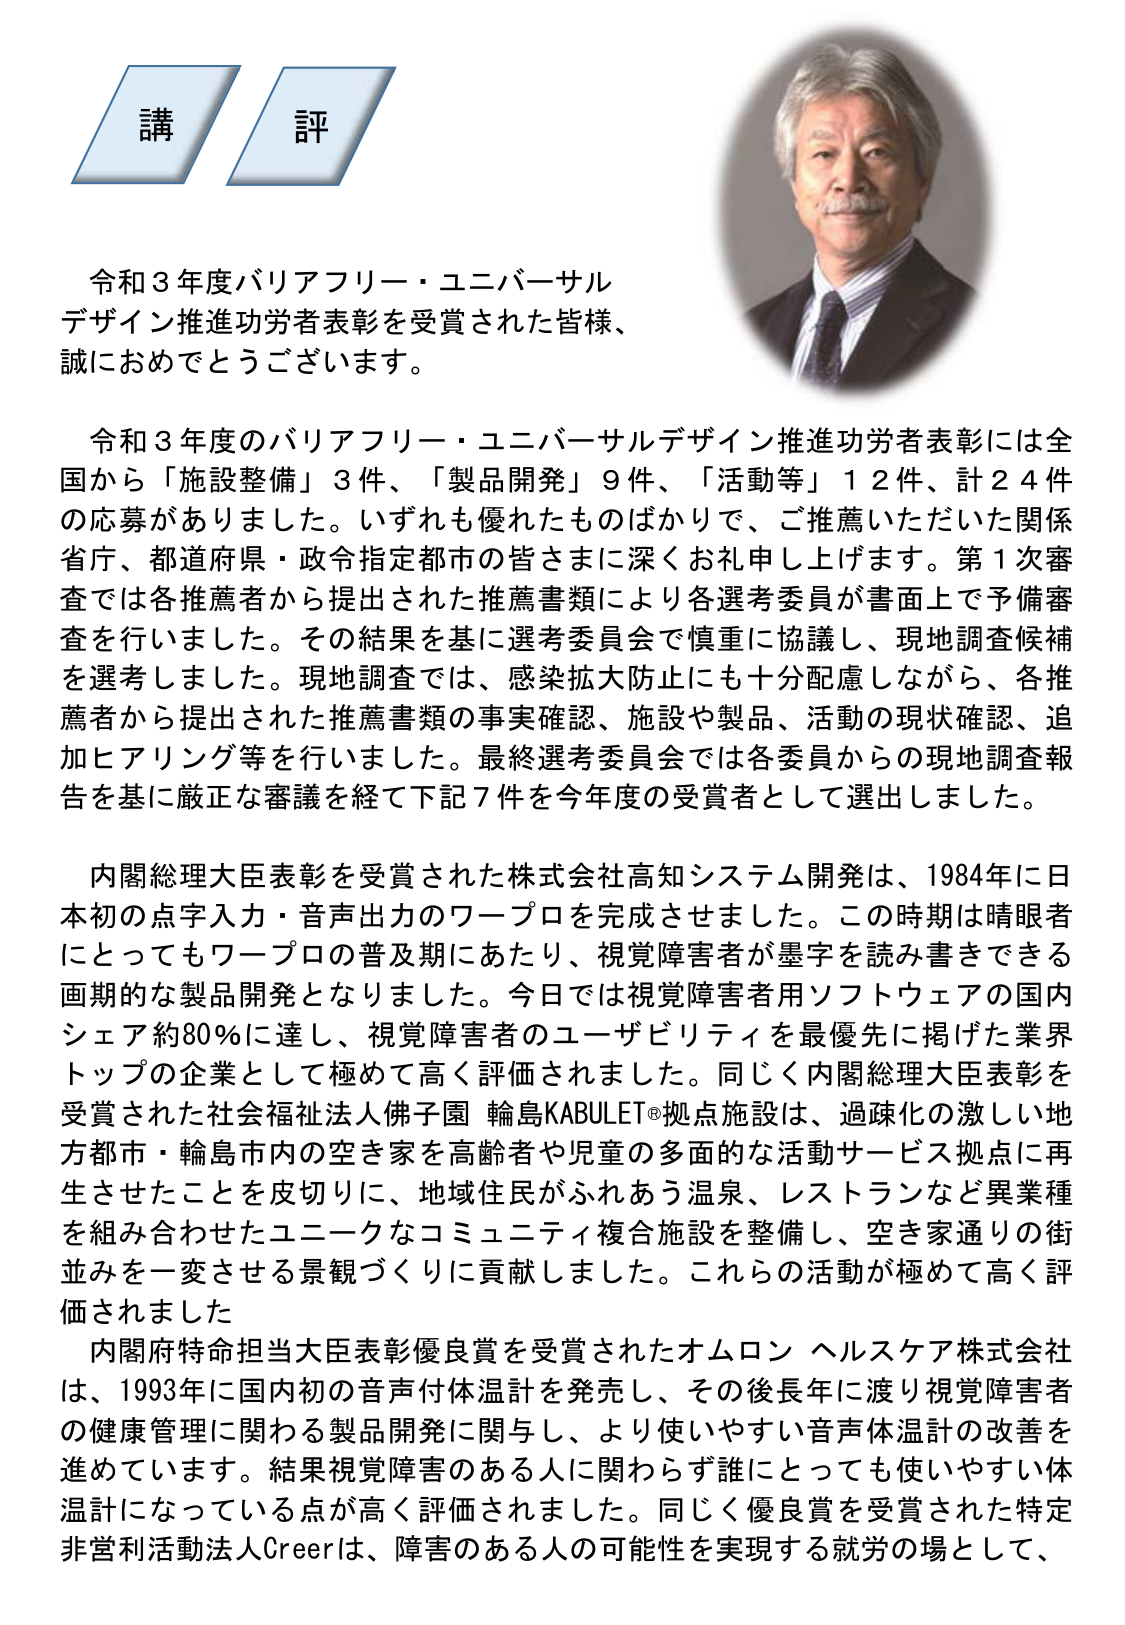
講 評

令和３年度バリアフリー・ユニバーサルデザイン推進功労者表彰を受賞された皆様、誠におめでとうございます。

令和３年度のバリアフリー・ユニバーサルデザイン推進功労者表彰には全国から「施設整備」３件、「製品開発」９件、「活動等」１２件、計２４件の応募がありました。いずれも優れたものばかりで、ご推薦いただいた関係省庁、都道府県・政令指定都市の皆さまに深くお礼申し上げます。第１次審査では各推薦者から提出された推薦書類により各選考委員が書面上で予備審査を行いました。その結果を基に選考委員会で慎重に協議し、現地調査候補を選考しました。現地調査では、感染拡大防止にも十分配慮しながら、各推薦者から提出された推薦書類の事実確認、施設や製品、活動の現状確認、追加ヒアリング等を行いました。最終選考委員会では各委員からの現地調査報告を基に厳正な審議を経て下記７件を今年度の受賞者として選出しました。

内閣総理大臣表彰を受賞された株式会社高知システム開発は、1984年に日本初の点字入力・音声出力のワープロを完成させました。この時期は晴眼者にとってもワープロの普及期にあたり、視覚障害者が墨字を読み書きできる画期的な製品開発となりました。今日では視覚障害者用ソフトウェアの国内シェア約80％に達し、視覚障害者のユーザビリティを最優先に掲げた業界トップの企業として極めて高く評価されました。同じく内閣総理大臣表彰を受賞された社会福祉法人佛子園 輪島KABULET®拠点施設は、過疎化の激しい地方都市・輪島市内の空き家を高齢者や児童の多面的な活動サービス拠点に再生させたことを皮切りに、地域住民がふれあう温泉、レストランなど異業種を組み合わせたユニークなコミュニティ複合施設を整備し、空き家通りの街並みを一変させる景観づくりに貢献しました。これらの活動が極めて高く評価されました。

内閣府特命担当大臣表彰優良賞を受賞されたオムロン ヘルスケア株式会社は、1993年に国内初の音声付体温計を発売し、その後長年に渡り視覚障害者の健康管理に関わる製品開発に関与し、より使いやすい音声体温計の改善を進めています。結果視覚障害のある人に関わらず誰にとっても使いやすい体温計になっている点が高く評価されました。同じく優良賞を受賞された特定非営利活動法人Creerは、障害のある人の可能性を実現する就労の場として、